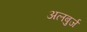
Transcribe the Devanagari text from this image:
अलबुर्ज